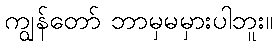
ကျွန်တော် ဘာမှမမှားပါဘူး။